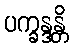
ပက္ခန္ဒန္တိ